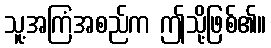
သူ့အကြံအစည်က ဤသို့ဖြစ်၏။